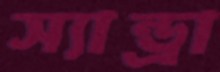
স্যান্ড্রা